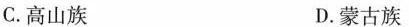
C.高山族 D.蒙古族